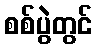
စစ်ပွဲတွင်